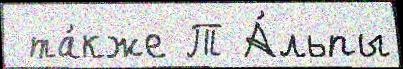
 та́кже Т А́льпы